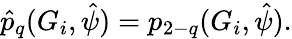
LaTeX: \hat{p}_{q}(G_{i},\hat{\psi})=p_{2-q}(G_{i},\hat{\psi}).